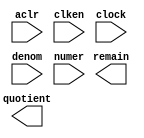
// megafunction wizard: %LPM_DIVIDE%VBB%
// GENERATION: STANDARD
// VERSION: WM1.0
// MODULE: LPM_DIVIDE 

// ============================================================
// Megafunction Name(s):
// 			LPM_DIVIDE
//
// Simulation Library Files(s):
// 			lpm
// ============================================================
// ************************************************************
// THIS IS A WIZARD-GENERATED FILE. DO NOT EDIT THIS FILE!
//
// 16.1.0 Build 196 10/24/2016 SJ Lite Edition
// ************************************************************

//Copyright (C) 2016  Intel Corporation. All rights reserved.
//Your use of Intel Corporation's design tools, logic functions 
//and other software and tools, and its AMPP partner logic 
//functions, and any output files from any of the foregoing 
//(including device programming or simulation files), and any 
//associated documentation or information are expressly subject 
//to the terms and conditions of the Intel Program License 
//Subscription Agreement, the Intel Quartus Prime License Agreement,
//the Intel MegaCore Function License Agreement, or other 
//applicable license agreement, including, without limitation, 
//that your use is for the sole purpose of programming logic 
//devices manufactured by Intel and sold by Intel or its 
//authorized distributors.  Please refer to the applicable 
//agreement for further details.

module divider2 (
	aclr,
	clken,
	clock,
	denom,
	numer,
	quotient,
	remain);

	input	  aclr;
	input	  clken;
	input	  clock;
	input	[7:0]  denom;
	input	[15:0]  numer;
	output	[15:0]  quotient;
	output	[7:0]  remain;

endmodule

// ============================================================
// CNX file retrieval info
// ============================================================
// Retrieval info: PRIVATE: INTENDED_DEVICE_FAMILY STRING "MAX 10"
// Retrieval info: PRIVATE: PRIVATE_LPM_REMAINDERPOSITIVE STRING "TRUE"
// Retrieval info: PRIVATE: PRIVATE_MAXIMIZE_SPEED NUMERIC "-1"
// Retrieval info: PRIVATE: SYNTH_WRAPPER_GEN_POSTFIX STRING "0"
// Retrieval info: PRIVATE: USING_PIPELINE NUMERIC "1"
// Retrieval info: PRIVATE: VERSION_NUMBER NUMERIC "2"
// Retrieval info: PRIVATE: new_diagram STRING "1"
// Retrieval info: LIBRARY: lpm lpm.lpm_components.all
// Retrieval info: CONSTANT: LPM_DREPRESENTATION STRING "UNSIGNED"
// Retrieval info: CONSTANT: LPM_HINT STRING "LPM_REMAINDERPOSITIVE=TRUE"
// Retrieval info: CONSTANT: LPM_NREPRESENTATION STRING "UNSIGNED"
// Retrieval info: CONSTANT: LPM_PIPELINE NUMERIC "1"
// Retrieval info: CONSTANT: LPM_TYPE STRING "LPM_DIVIDE"
// Retrieval info: CONSTANT: LPM_WIDTHD NUMERIC "8"
// Retrieval info: CONSTANT: LPM_WIDTHN NUMERIC "16"
// Retrieval info: USED_PORT: aclr 0 0 0 0 INPUT NODEFVAL "aclr"
// Retrieval info: USED_PORT: clken 0 0 0 0 INPUT NODEFVAL "clken"
// Retrieval info: USED_PORT: clock 0 0 0 0 INPUT NODEFVAL "clock"
// Retrieval info: USED_PORT: denom 0 0 8 0 INPUT NODEFVAL "denom[7..0]"
// Retrieval info: USED_PORT: numer 0 0 16 0 INPUT NODEFVAL "numer[15..0]"
// Retrieval info: USED_PORT: quotient 0 0 16 0 OUTPUT NODEFVAL "quotient[15..0]"
// Retrieval info: USED_PORT: remain 0 0 8 0 OUTPUT NODEFVAL "remain[7..0]"
// Retrieval info: CONNECT: @aclr 0 0 0 0 aclr 0 0 0 0
// Retrieval info: CONNECT: @clken 0 0 0 0 clken 0 0 0 0
// Retrieval info: CONNECT: @clock 0 0 0 0 clock 0 0 0 0
// Retrieval info: CONNECT: @denom 0 0 8 0 denom 0 0 8 0
// Retrieval info: CONNECT: @numer 0 0 16 0 numer 0 0 16 0
// Retrieval info: CONNECT: quotient 0 0 16 0 @quotient 0 0 16 0
// Retrieval info: CONNECT: remain 0 0 8 0 @remain 0 0 8 0
// Retrieval info: GEN_FILE: TYPE_NORMAL divider2.v TRUE
// Retrieval info: GEN_FILE: TYPE_NORMAL divider2.inc FALSE
// Retrieval info: GEN_FILE: TYPE_NORMAL divider2.cmp FALSE
// Retrieval info: GEN_FILE: TYPE_NORMAL divider2.bsf FALSE
// Retrieval info: GEN_FILE: TYPE_NORMAL divider2_inst.v FALSE
// Retrieval info: GEN_FILE: TYPE_NORMAL divider2_bb.v TRUE
// Retrieval info: LIB_FILE: lpm